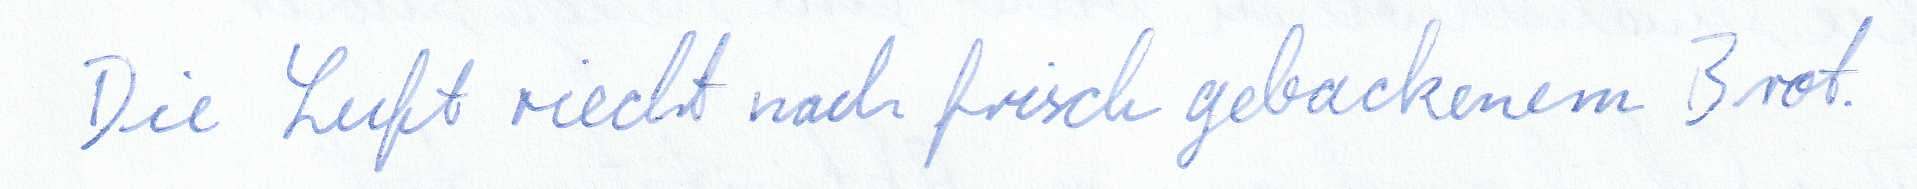
Die Luft riecht nach frisch gebackenem Brot.